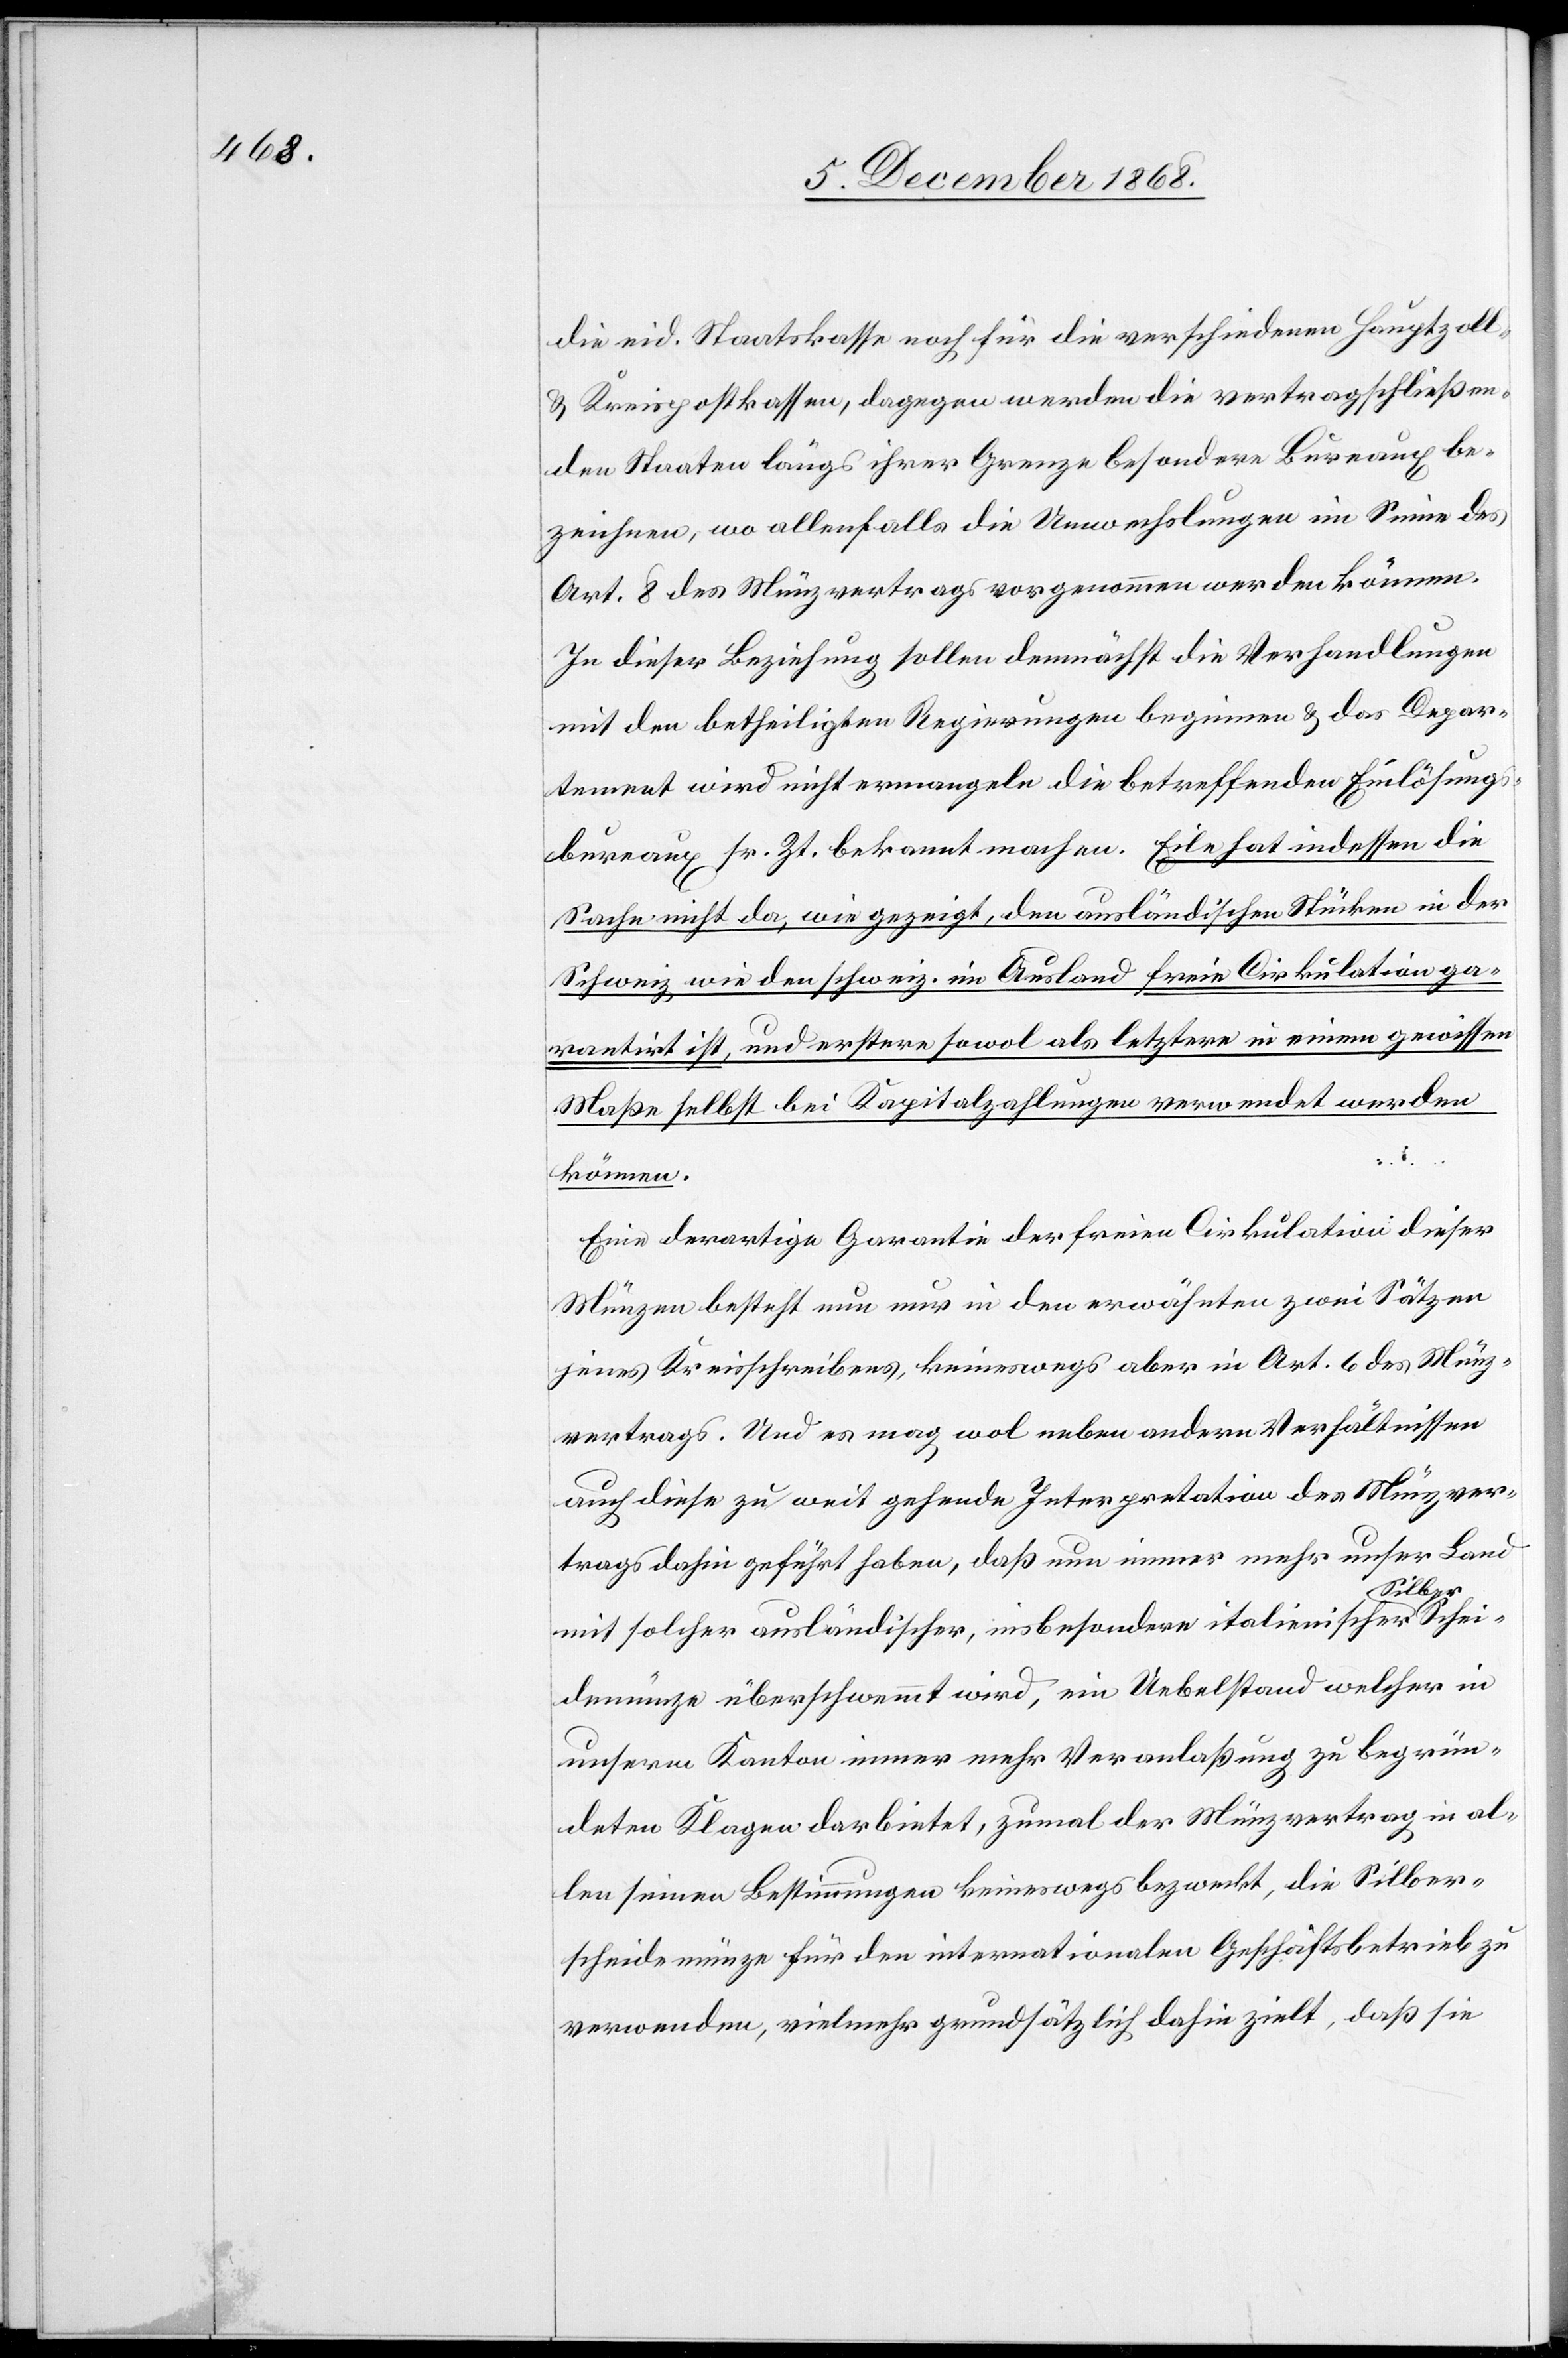
die eid. Staatskasse noch für die verschiedenen Hauptzoll-
& Kreispostkassen, dagegen werden die vertragschließen¬
den Staaten längs ihrer Grenze besondere Bureaux be¬
zeichnen, wo allenfalls die Umwechslungen im Sinne des
Art. 8 des Münzvertrags vorgenommen werden können.
In dieser Beziehung sollen demnächst die Verhandlungen
mit den betheiligten Regierungen beginnen & das Depar¬
tement wird nicht ermangeln die betreffenden Einlösungs¬
bureaux sr. Zt. bekannt [zu] machen. Eile hat indessen die
Sache nicht da, wie gezeigt, den ausländischen Stücken in der
Schweiz wie den schweiz. im Ausland freie Cirkulation ga¬
rantirt ist, und erstere sowol als letztere in einem gewissen
Maße selbst bei Kapitalzahlungen verwendet werden
können.
Eine derartige Garantie der freien Cirkulation dieser
Münzen besteht nun nur in den erwähnten zwei Sätzen
jenes Kreisschreibens, keineswegs aber in Art. 6 des Münz¬
vertrags. Und es mag wol neben andern Verhältnissen
auch diese zu weit gehende Interpretation des Münzver¬
trags dahin geführt haben, daß nun immer mehr unser Land
Schei¬
mit solcher ausländischer, insbesondere italienischer Si¬
demünze überschwemmt wird, ein Uebelstand welcher in
unserm Kanton immer mehr Veranlaßung zu begrün¬
deten Klagen darbietet, zumal der Münzvertrag in al¬
len seinen Bestimmungen keineswegs bezweckt, die Silber¬
scheidemünze für den internationalen Geschäftsbetrieb zu
verwenden, vielmehr grundsätzlich dahin zielt, daß sie